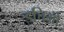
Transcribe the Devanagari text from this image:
इचिगो